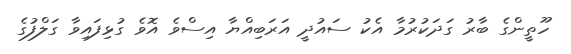
ހޫތީންގެ ބާރު ގަދަކުރުމާ އެކު ސައުދީ އަރަބިއްޔާ އިސްވެ އޮވެ ގުޅިފައިވާ ގަލްފުގެ